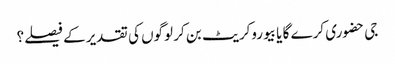
جی حضوری کرے گا یا بیوروکریٹ بن کر لوگوں کی تقدیر کے فیصلے؟